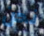
نحن